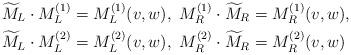
LaTeX: \begin{align*}&\widetilde{M}_L\cdot M_L^{(1)} = M_L^{(1)}(v, w),\ M_R^{(1)}\cdot \widetilde{M}_R = M_R^{(1)}(v, w),\\&\widetilde{M}_L\cdot M_L^{(2)} = M_L^{(2)}(v, w),\ M_R^{(2)}\cdot \widetilde{M}_R = M_R^{(2)}(v, w)\end{align*}